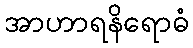
အာဟာရနိရောဓံ